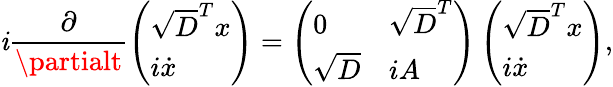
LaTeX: {\mathit{i}\frac{{\partial}}{{\partialt}}\left(\begin{array}{l}{\sqrt{D}^{T}{x}}\\ {i\dot{x}}\end{array}\right)=\left(\begin{array}{ll}{0}&{\sqrt{D}^{T}}\\ {\sqrt{D}}&{iA}\end{array}\right)\left(\begin{array}{l}{\sqrt{D}^{T}{x}}\\ {i\dot{x}}\end{array}\right)},